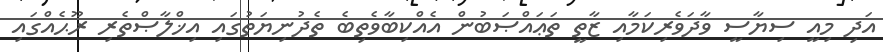
އަދި މިއީ ސިޔާސީ ވާދަވެރިކަމާއި ޒާތީ ތަޢައްޞަބުން އެއްކިބާވެތިބެ ތެދުނިޔަތުގައި އިޚްލާޞްތެރި ރޫޙެއްގައި